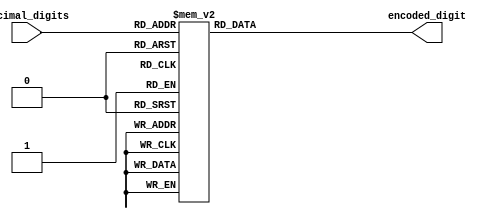
module decimal_priority_encoder(input [3:0] decimal_digits, output reg [3:0] encoded_digit);

always @(*) begin
    case(decimal_digits)
        4'b0000: encoded_digit = 4'b0001; // Priority 1
        4'b0001: encoded_digit = 4'b0010; // Priority 2
        4'b0010: encoded_digit = 4'b0011; // Priority 3
        4'b0011: encoded_digit = 4'b0100; // Priority 4
        4'b0100: encoded_digit = 4'b0101; // Priority 5
        4'b0101: encoded_digit = 4'b0110; // Priority 6
        4'b0110: encoded_digit = 4'b0111; // Priority 7
        4'b0111: encoded_digit = 4'b1000; // Priority 8
        4'b1000: encoded_digit = 4'b1001; // Priority 9
        4'b1001: encoded_digit = 4'b1001; // Priority 9
        default: encoded_digit = 4'b0000; // Default output if no input
    endcase
end

endmodule